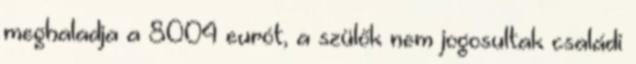
meghaladja a 8004 eurót, a szülők nem jogosultak családi